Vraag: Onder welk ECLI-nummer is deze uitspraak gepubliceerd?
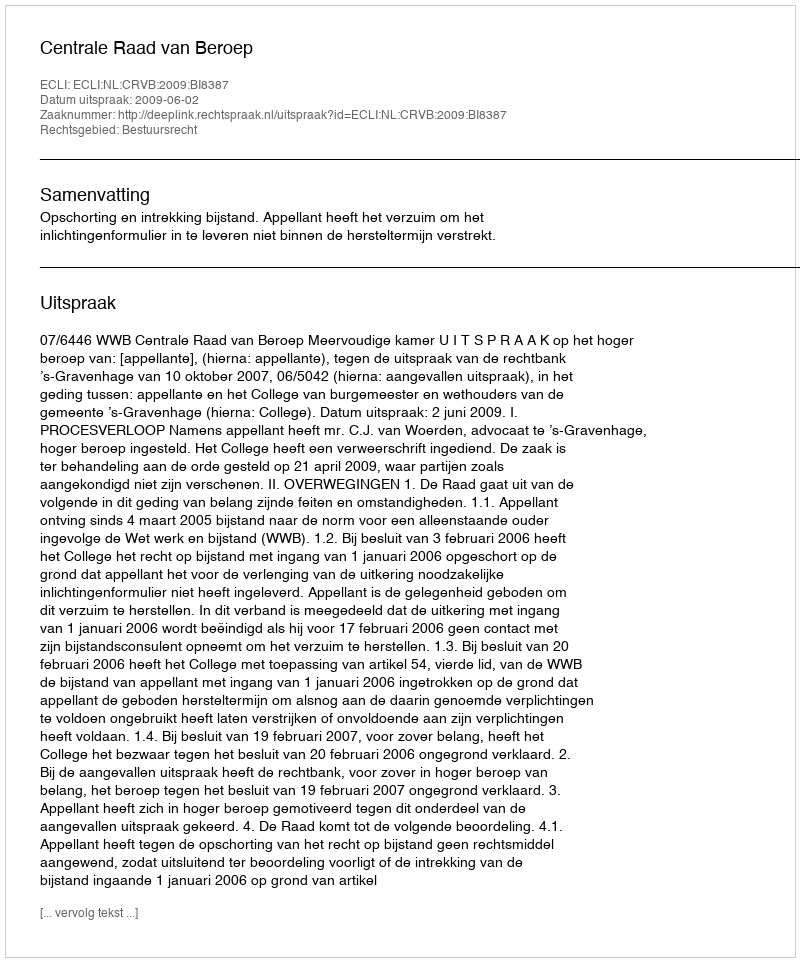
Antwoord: ECLI:NL:CRVB:2009:BI8387